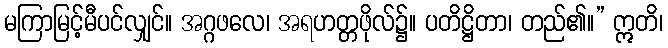
မကြာမြင့်မီပင်လျှင်။ အဂ္ဂဖလေ၊ အရဟတ္တဖိုလ်၌။ ပတိဋ္ဌိတာ၊ တည်၏။” ဣတိ၊